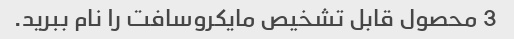
3 محصول قابل تشخیص مایکروسافت را نام ببرید.